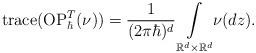
LaTeX: \begin{align*}\mathrm{trace}(\mathrm{OP}_{\hbar}^{T}(\nu))=\frac{1}{(2\pi\hbar)^{d}}\underset{\mathbb{R}^{d}\times\mathbb{R}^{d}}{\int}\nu(dz).\end{align*}